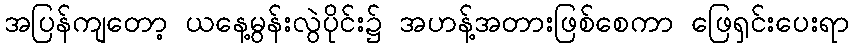
အပြန်ကျတော့ ယနေ့မွန်းလွဲပိုင်း၌ အဟန့်အတားဖြစ်စေကာ ဖြေရှင်းပေးရာ